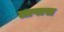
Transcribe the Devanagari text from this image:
तापास